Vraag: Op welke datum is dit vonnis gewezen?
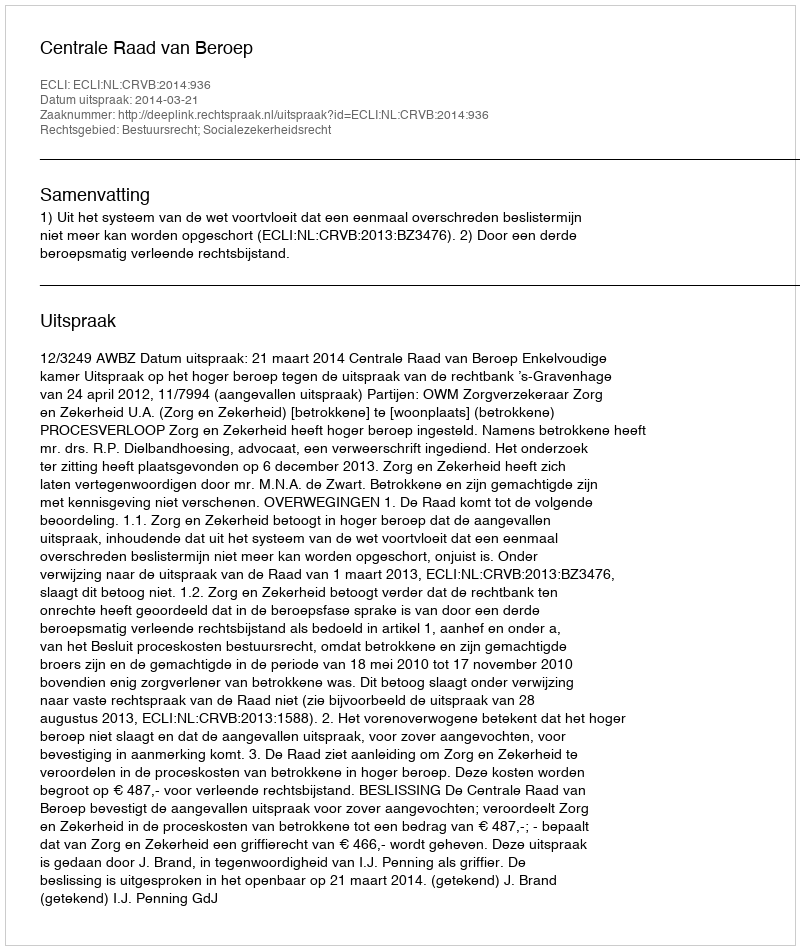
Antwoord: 2014-03-21